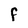
Character: F